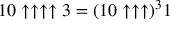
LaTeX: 1 0 \uparrow \uparrow \uparrow \uparrow 3 = ( 1 0 \uparrow \uparrow \uparrow ) ^ { 3 } 1